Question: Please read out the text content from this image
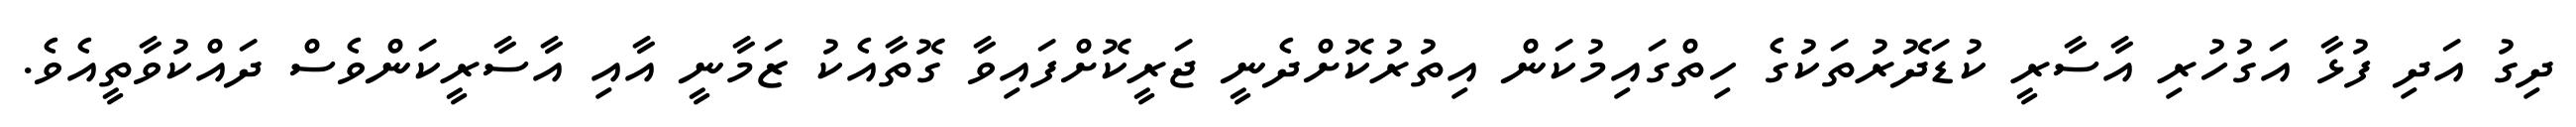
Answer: ދިގު އަދި ފުޅާ އަގުހުރި އާސާރީ ކުޑަދޮރުތަކުގެ ހިތްގައިމުކަން އިތުރުކޮށްދެނީ ޖަރީކޮށްފައިވާ ގޮތާއެކު ޒަމާނީ އާއި އާސާރީކަންވެސް ދައްކުވާތީއެވެ.